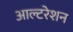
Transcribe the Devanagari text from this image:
आल्टरेशन